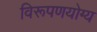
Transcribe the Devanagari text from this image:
विरूपणयोग्य